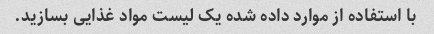
با استفاده از موارد داده شده یک لیست مواد غذایی بسازید.